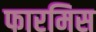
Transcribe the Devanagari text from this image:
फारमिस